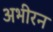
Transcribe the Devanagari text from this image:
अभीरन